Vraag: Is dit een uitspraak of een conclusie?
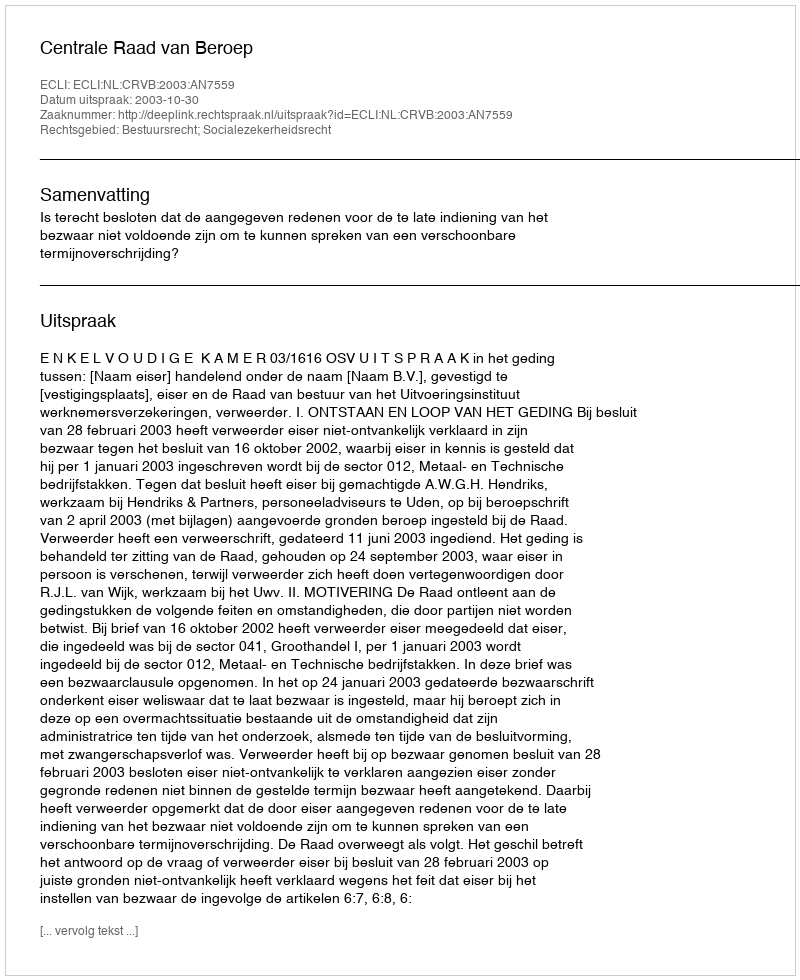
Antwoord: Uitspraak